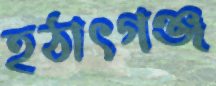
হঠাৎগঞ্জ